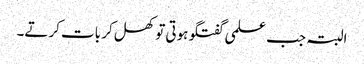
البتہ جب علمی گفتگو ہوتی تو کھل کر بات کرتے۔